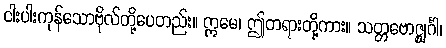
ငါးပါးကုန်သောဗိုလ်တို့ပေတည်း။ ဣမေ၊ ဤတရားတို့ကား။ သတ္တဗောဇ္ဈင်္ဂါ၊